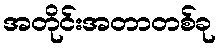
အတိုင်းအတာတစ်ခု